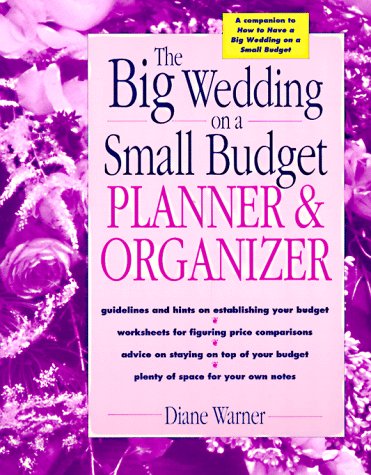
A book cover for The Big Wedding on a Small Budget Planner & Organizer; Diane Warner; Crafts, Hobbies & Home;